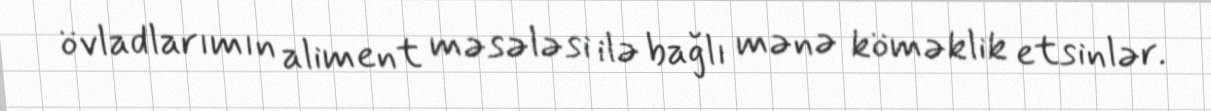
övladlarımın aliment məsələsi ilə bağlı mənə köməklik etsinlər.